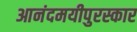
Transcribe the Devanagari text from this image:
आनंदमयीपुरस्कार